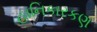
હાનિકારકણ